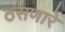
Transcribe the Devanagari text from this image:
ठसणारे